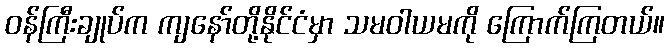
ဝန်ကြီးချုပ်က ကျနော်တို့နိုင်ငံမှာ သမဝါယမကို ကြောက်ကြတယ်။